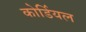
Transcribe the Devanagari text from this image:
कोर्डियल